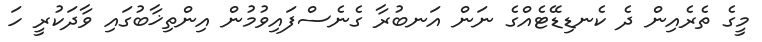
މީގެ ތެރެއިން ދެ ކެނޑިޑޭޓެއްގެ ނަން އަނބުރާ ގެނެސްފައިވުމުން އިންތިޚާބުގައި ވާދަކުރީ ހަ